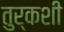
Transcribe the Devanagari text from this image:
तुर्कशी